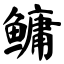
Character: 鳙